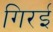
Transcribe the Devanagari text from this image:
गिरई